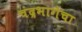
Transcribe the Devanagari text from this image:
चंद्रभागेचा